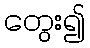
တွေး၍